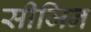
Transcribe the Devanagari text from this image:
सीजिन